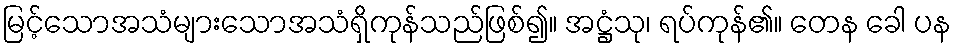
မြင့်သောအသံများသောအသံရှိကုန်သည်ဖြစ်၍။ အဋ္ဌံသု၊ ရပ်ကုန်၏။ တေန ခေါ ပန